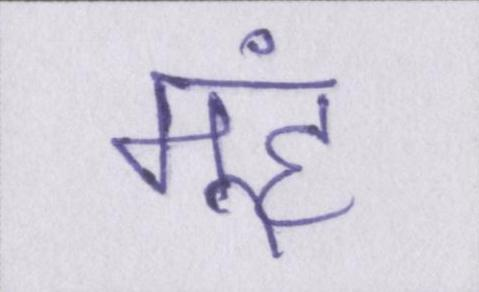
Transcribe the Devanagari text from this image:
मूंह